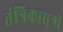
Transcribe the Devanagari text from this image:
तंत्रिकासूत्रों